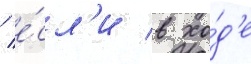
/ е́сл'и в хо́д'е